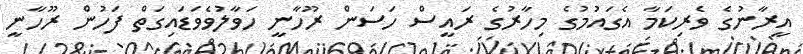
އީރާނުގެ ވެރިކަމާ އެގައުމުގެ މިހާރުގެ ރައީސް ހަސަން ރޫހާނީ ހަވާލުވެވަޑައިގަތް ފަހުން ރޫހާނީ